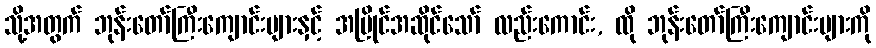
သို့အတွက် ဘုန်းတော်ကြီးကျောင်းများနှင့် အပြိုင်အဆိုင်သော် လည်းကောင်း, ထို ဘုန်းတော်ကြီးကျောင်းများကို